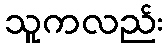
သူကလည်း